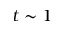
t \sim 1